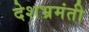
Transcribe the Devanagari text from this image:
देशभ्रमंती